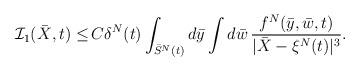
LaTeX: \begin{align*}\mathcal{I}_1(\bar X, t)\leq & \,C \delta^N(t)\int_{ \bar S^N(t)}d\bar{y}\int d\bar{w} \, \frac{ f^N(\bar{y},\bar{w}, t)}{|\bar X - \xi^N(t) |^{3}}.\end{align*}